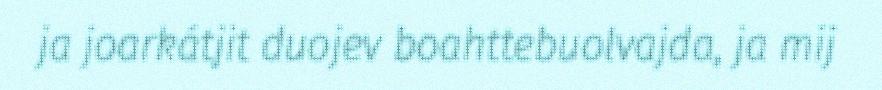
ja joarkátjit duojev boahttebuolvajda, ja mij